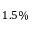
1 . 5 \%